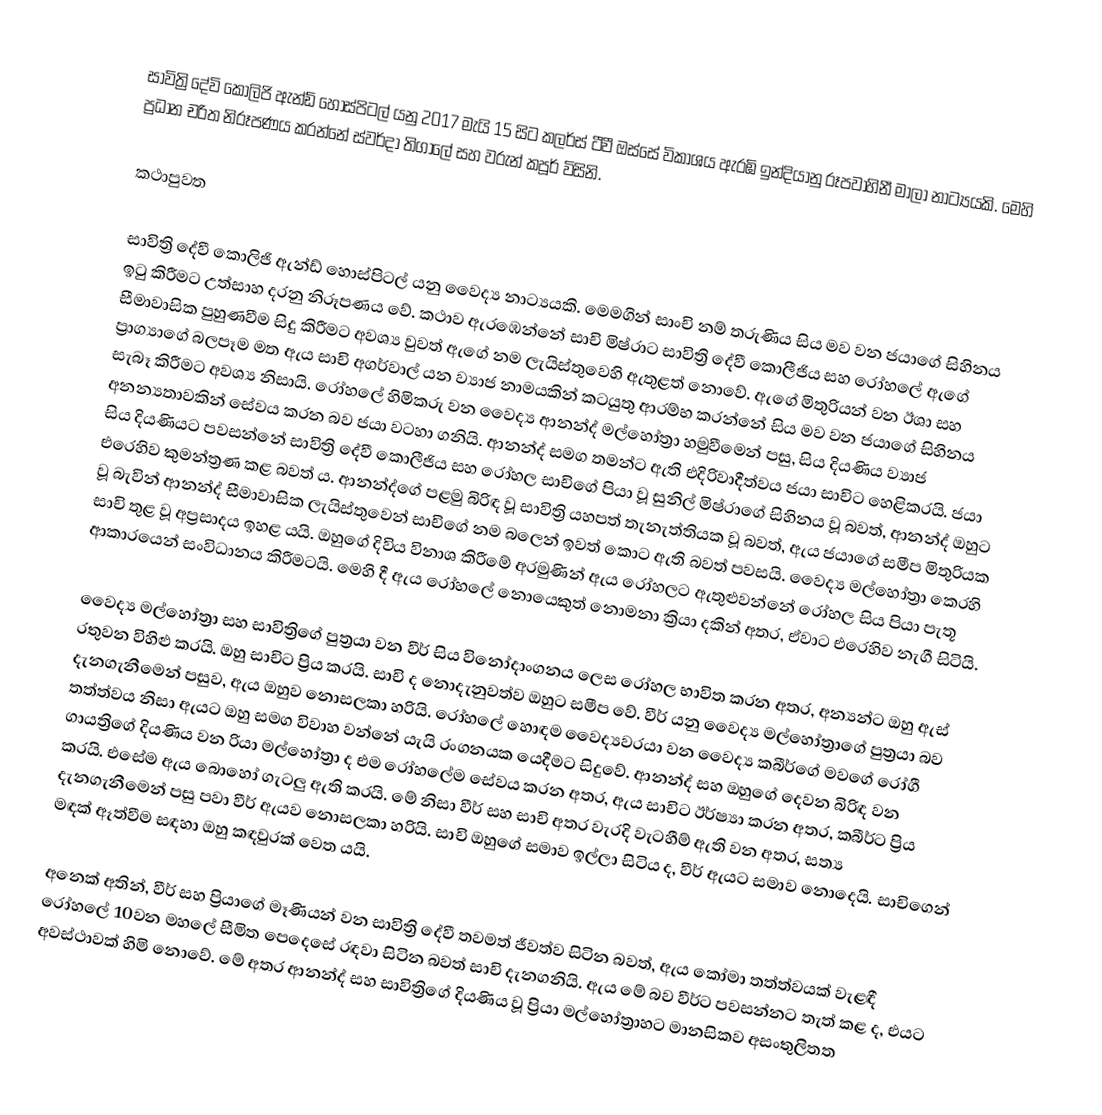
සාවිත්‍රි දේවි කොලිජි ඇන්ඩ් හොස්පිටල් යනු 2017 මැයි 15 සිට කලර්ස් ටීවී ඔස්සේ විකාශය ඇරඹි ඉන්දියානු රූපවාහිනී මාලා නාට්‍යයකි. මෙහි ප්‍රධාන චරිත නිරූපණය කරන්නේ ස්වර්දා තිගාලේ සහ වරුන් කපූර් විසිනි.

කථාපුවත

සාවිත්‍රි දේවී කොලිජි ඇන්ඩ් හොස්පිටල් යනු වෛද්‍ය නාට්‍යයකි. මෙමගින් සාංචි නම් තරුණිය සිය මව වන ජයාගේ සිහිනය ඉටු කිරීමට උත්සාහ දරනු නිරූපණය වේ. කථාව ඇරඹෙන්නේ සාචි මිෂ්රාට සාවිත්‍රි දේවී කොලීජිය සහ රෝහලේ ඇගේ සීමාවාසික පුහුණවීම සිදු කිරීමට අවශ්‍ය වුවත් ඇගේ නම ලැයිස්තුවෙහි ඇතුළත් නොවේ. ඇගේ මිතුරියන් වන ඊශා සහ ප්‍රාග්‍යාගේ බලපෑම මත ඇය සාචි අගර්වාල් යන ව්‍යාජ නාමයකින් කටයුතු ආරම්භ කරන්නේ සිය මව වන ජයාගේ සිහිනය සැබෑ කිරීමට අවශ්‍ය නිසායි. රෝහලේ හිමිකරු වන වෛද්‍ය ආනන්ද් මල්හෝත්‍රා හමුවීමෙන් පසු, සිය දියණිය ව්‍යාජ අනන්‍යතාවකින් සේවය කරන බව ජයා වටහා ගනියි. ආනන්ද් සමග තමන්ට ඇති එදිරිවාදීත්වය ජයා සාචිට හෙළිකරයි. ජයා සිය දියණියට පවසන්නේ සාවිත්‍රි දේවී කොලීජිය සහ රෝහල සාචිගේ පියා වූ සුනිල් මිෂ්රාගේ සිහිනය වූ බවත්, ආනන්ද් ඔහුට එරෙහිව කුමන්ත්‍රණ කළ බවත් ය. ආනන්ද්ගේ පළමු බිරිඳ වූ සාවිත්‍රි යහපත් තැනැත්තියක වූ බවත්, ඇය ජයාගේ සමීප මිතුරියක වූ බැවින් ආනන්ද් සීමාවාසික ලැයිස්තුවෙන් සාචිගේ නම බලෙන් ඉවත් කොට ඇති බවත් පවසයි. වෛද්‍ය මල්හෝත්‍රා කෙරහි සාචි තුළ වූ අප්‍රසාදය ඉහළ යයි. ඔහුගේ දිවිය විනාශ කිරීමේ අරමුණින් ඇය රෝහලට ඇතුළුවන්නේ රෝහල සිය පියා පැතූ ආකාරයෙන් සංවිධානය කිරීමටයි. මෙහි දී ඇය රෝහලේ නොයෙකුත් නොමනා ක්‍රියා දකින් අතර, ඒවාට එරෙහිව නැගී සිටියි.

වෛද්‍ය මල්හෝත්‍රා සහ සාවිත්‍රිගේ පුත්‍රයා වන වීර් සිය විනෝදාංගනය ලෙස රෝහල භාවිත කරන අතර, අන්‍යන්ට ඔහු ඇස් රතුවන විහිළු කරයි. ඔහු සාචිට ප්‍රිය කරයි. සාචි ද නොදැනුවත්ව ඔහුට සමීප වේ. වීර් යනු වෛද්‍ය මල්හෝත්‍රාගේ පුත්‍රයා බව දැනගැනීමෙන් පසුව, ඇය ඔහුව නොසලකා හරියි. රෝහලේ හොඳම වෛද්‍යවරයා වන වෛද්‍ය කබීර්ගේ මවගේ රෝගී තත්ත්වය නිසා ඇයට ඔහු සමග විවාහ වන්නේ යැයි රංගනයක යෙදීමට සිදුවේ. ආනන්ද් සහ ඔහුගේ දෙවන බිරිඳ වන ගායත්‍රිගේ දියණිය වන රියා මල්හෝත්‍රා ද එම රෝහලේම සේවය කරන අතර, ඇය සාචිට ඊර්ෂ්‍යා කරන අතර, කබීර්ට ප්‍රිය කරයි. එසේම ඇය බොහෝ ගැටලු ඇති කරයි. මේ නිසා වීර් සහ සාචි අතර වැරදි වැටහීම් ඇති වන අතර, සත්‍ය දැනගැනීමෙන් පසු පවා වීර් ඇයව නොසලකා හරියි. සාචි ඔහුගේ සමාව ඉල්ලා සිටිය ද, වීර් ඇයට සමාව නොදෙයි. සාචිගෙන් මඳක් ඈත්වීම සඳහා ඔහු කඳවුරක් වෙත යයි.

අනෙක් අතින්, වීර් සහ ප්‍රියාගේ මෑණියන් වන සාවිත්‍රි දේවී තවමත් ජීවත්ව සිටින බවත්, ඇය කෝමා තත්ත්වයක් වැළඳී රෝහලේ 10වන මහලේ සීමිත පෙදෙසේ රඳවා සිටින බවත් සාචි දැනගනියි. ඇය මේ බව වීර්ට පවසන්නට තැත් කළ ද, එයට අවස්ථාවක් හිමි නොවේ. මේ අතර ආනන්ද් සහ සාවිත්‍රිගේ දියණිය වූ ප්‍රියා මල්හෝත්‍රාහට මානසිකව අසංතුලිතත